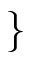
\}